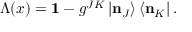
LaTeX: \Lambda ( x ) = \mathbf { 1 } - g ^ { J K } \left| \mathbf { n } _ { J } \right\rangle \left\langle \mathbf { n } _ { K } \right| .